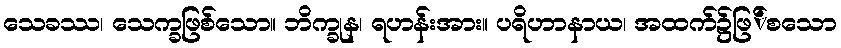
သေခဿ၊ သေက္ခဖြစ်သော။ ဘိက္ခုန၊ ရဟန်းအား။ ပရိဟာနာယ၊ အထက်၌ဖြ်စသော